Triennial report on the lunatic asylums in the province of Eastern Bengal and Assam - 1903-1911
Year: 1903
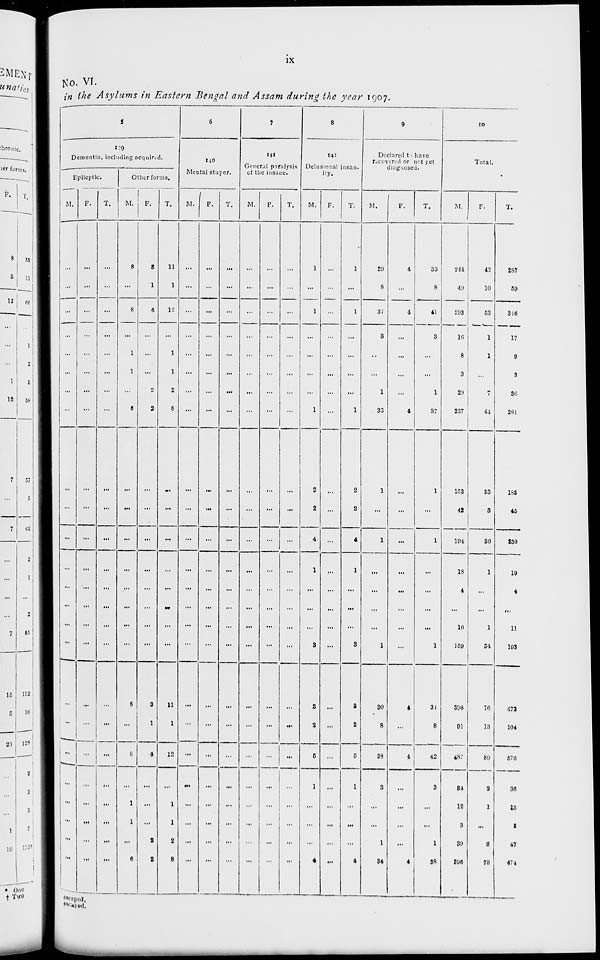
ix
No. VI.
in the Asylums in Eastern Bengal and Assam during the year 1907.
5
139
Dementia, including acquired.
Epileptic.
M.
...
...
...
...
...
...
...
...
...
...
...
...
...
...
...
...
...
...
...
...
...
...
...
...
F.
...
...
...
...
...
...
...
...
...
...
...
...
...
...
...
...
...
...
...
...
...
...
...
...
T.
...
...
...
...
...
...
...
...
...
...
...
...
...
...
...
...
...
...
...
...
...
...
...
...
Other forms.
M.
8
...
8
...
1
1
...
6
...
...
...
...
...
...
...
...
8
...
8
...
1
1
...
6
F.
3
1
4
...
...
...
2
2
...
...
...
...
...
...
...
...
3
1
4
...
...
...
2
2
T.
11
1
12
...
1
1
2
8
...
...
...
...
...
...
...
...
11
1
12
...
1
1
2
8
6
140
Mental stupor.
M.
...
...
...
...
...
...
...
...
...
...
...
...
...
...
...
...
...
...
...
...
...
...
...
...
F.
...
...
...
...
...
...
...
...
...
...
...
...
...
...
...
...
...
...
...
...
...
...
...
...
T.
...
...
...
...
...
...
...
...
...
...
...
...
...
...
...
...
...
...
...
...
...
...
...
...
7
141
General paralysis
of the insane.
M.
...
...
...
...
...
...
...
...
...
...
...
...
...
...
...
...
...
...
...
...
...
...
...
F.
...
...
...
...
...
...
...
...
...
...
...
...
...
...
...
...
...
...
...
...
...
...
...
T.
...
...
...
...
...
...
...
...
...
...
...
...
...
...
...
...
...
...
...
...
...
...
...
8
142
Delusional insan-
ity.
M.
1
...
1
...
...
...
...
1
2
2
4
1
...
...
...
3
3
2
5
1
...
...
...
4
F.
...
...
...
...
...
...
...
...
...
...
...
...
...
...
...
...
...
...
...
...
...
...
...
...
T.
1
...
1
...
...
...
...
1
2
2
4
1
...
...
...
3
3
2
5
1
...
...
...
4
9
Declared to have
recovered or not yet
diagnosed.
M.
29
8
37
3
...
...
1
33
1
...
1
...
...
...
...
1
30
8
38
3
...
...
1
34
F.
4
...
4
...
...
...
...
4
...
...
...
...
...
...
...
...
4
...
4
...
...
...
...
4
T.
33
8
41
3
...
...
1
37
1
...
1
...
...
...
...
1
34
8
42
3
...
...
1
38
10
Total.
M.
244
49
293
16
8
3
29
237
152
42
194
18
4
...
10
159
396
91
487
34
12
3
39
396
F.
43
10
53
1
1
...
7
44
33
3
36
1
...
...
1
34
76
13
89
2
1
...
8
78
T.
287
59
316
17
9
3
36
281
185
45
230
19
4
...
11
193
472
104
576
36
13
3
47
474
escaped.
escaped.